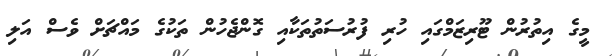
މީގެ އިތުރުން ޓޫރިޒަމްގައި ހުރި ފުރުސަތުތަކާއި ގޮންޖެހުން ތަކުގެ މައްޗަށް ވެސް އަލި